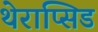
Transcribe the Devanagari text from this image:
थेराप्सिड